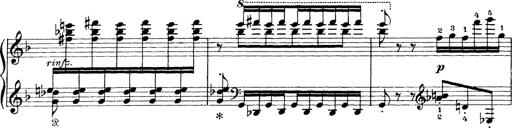
Title: Scherzo und Marsch
Composer: Franz Liszt